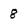
Character: 8